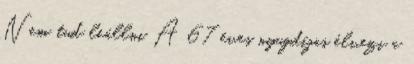
Nem tud le­állni A 67 éves nyug­dí­jas él­vezi a